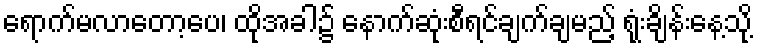
ရောက်မလာတော့ပေ၊ ထိုအခါ၌ နောက်ဆုံးစီရင်ချက်ချမည့် ရုံးချိန်းနေ့သို့